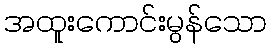
အထူးကောင်းမွန်သော